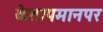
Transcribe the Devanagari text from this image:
केतापमानपर